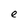
Character: e